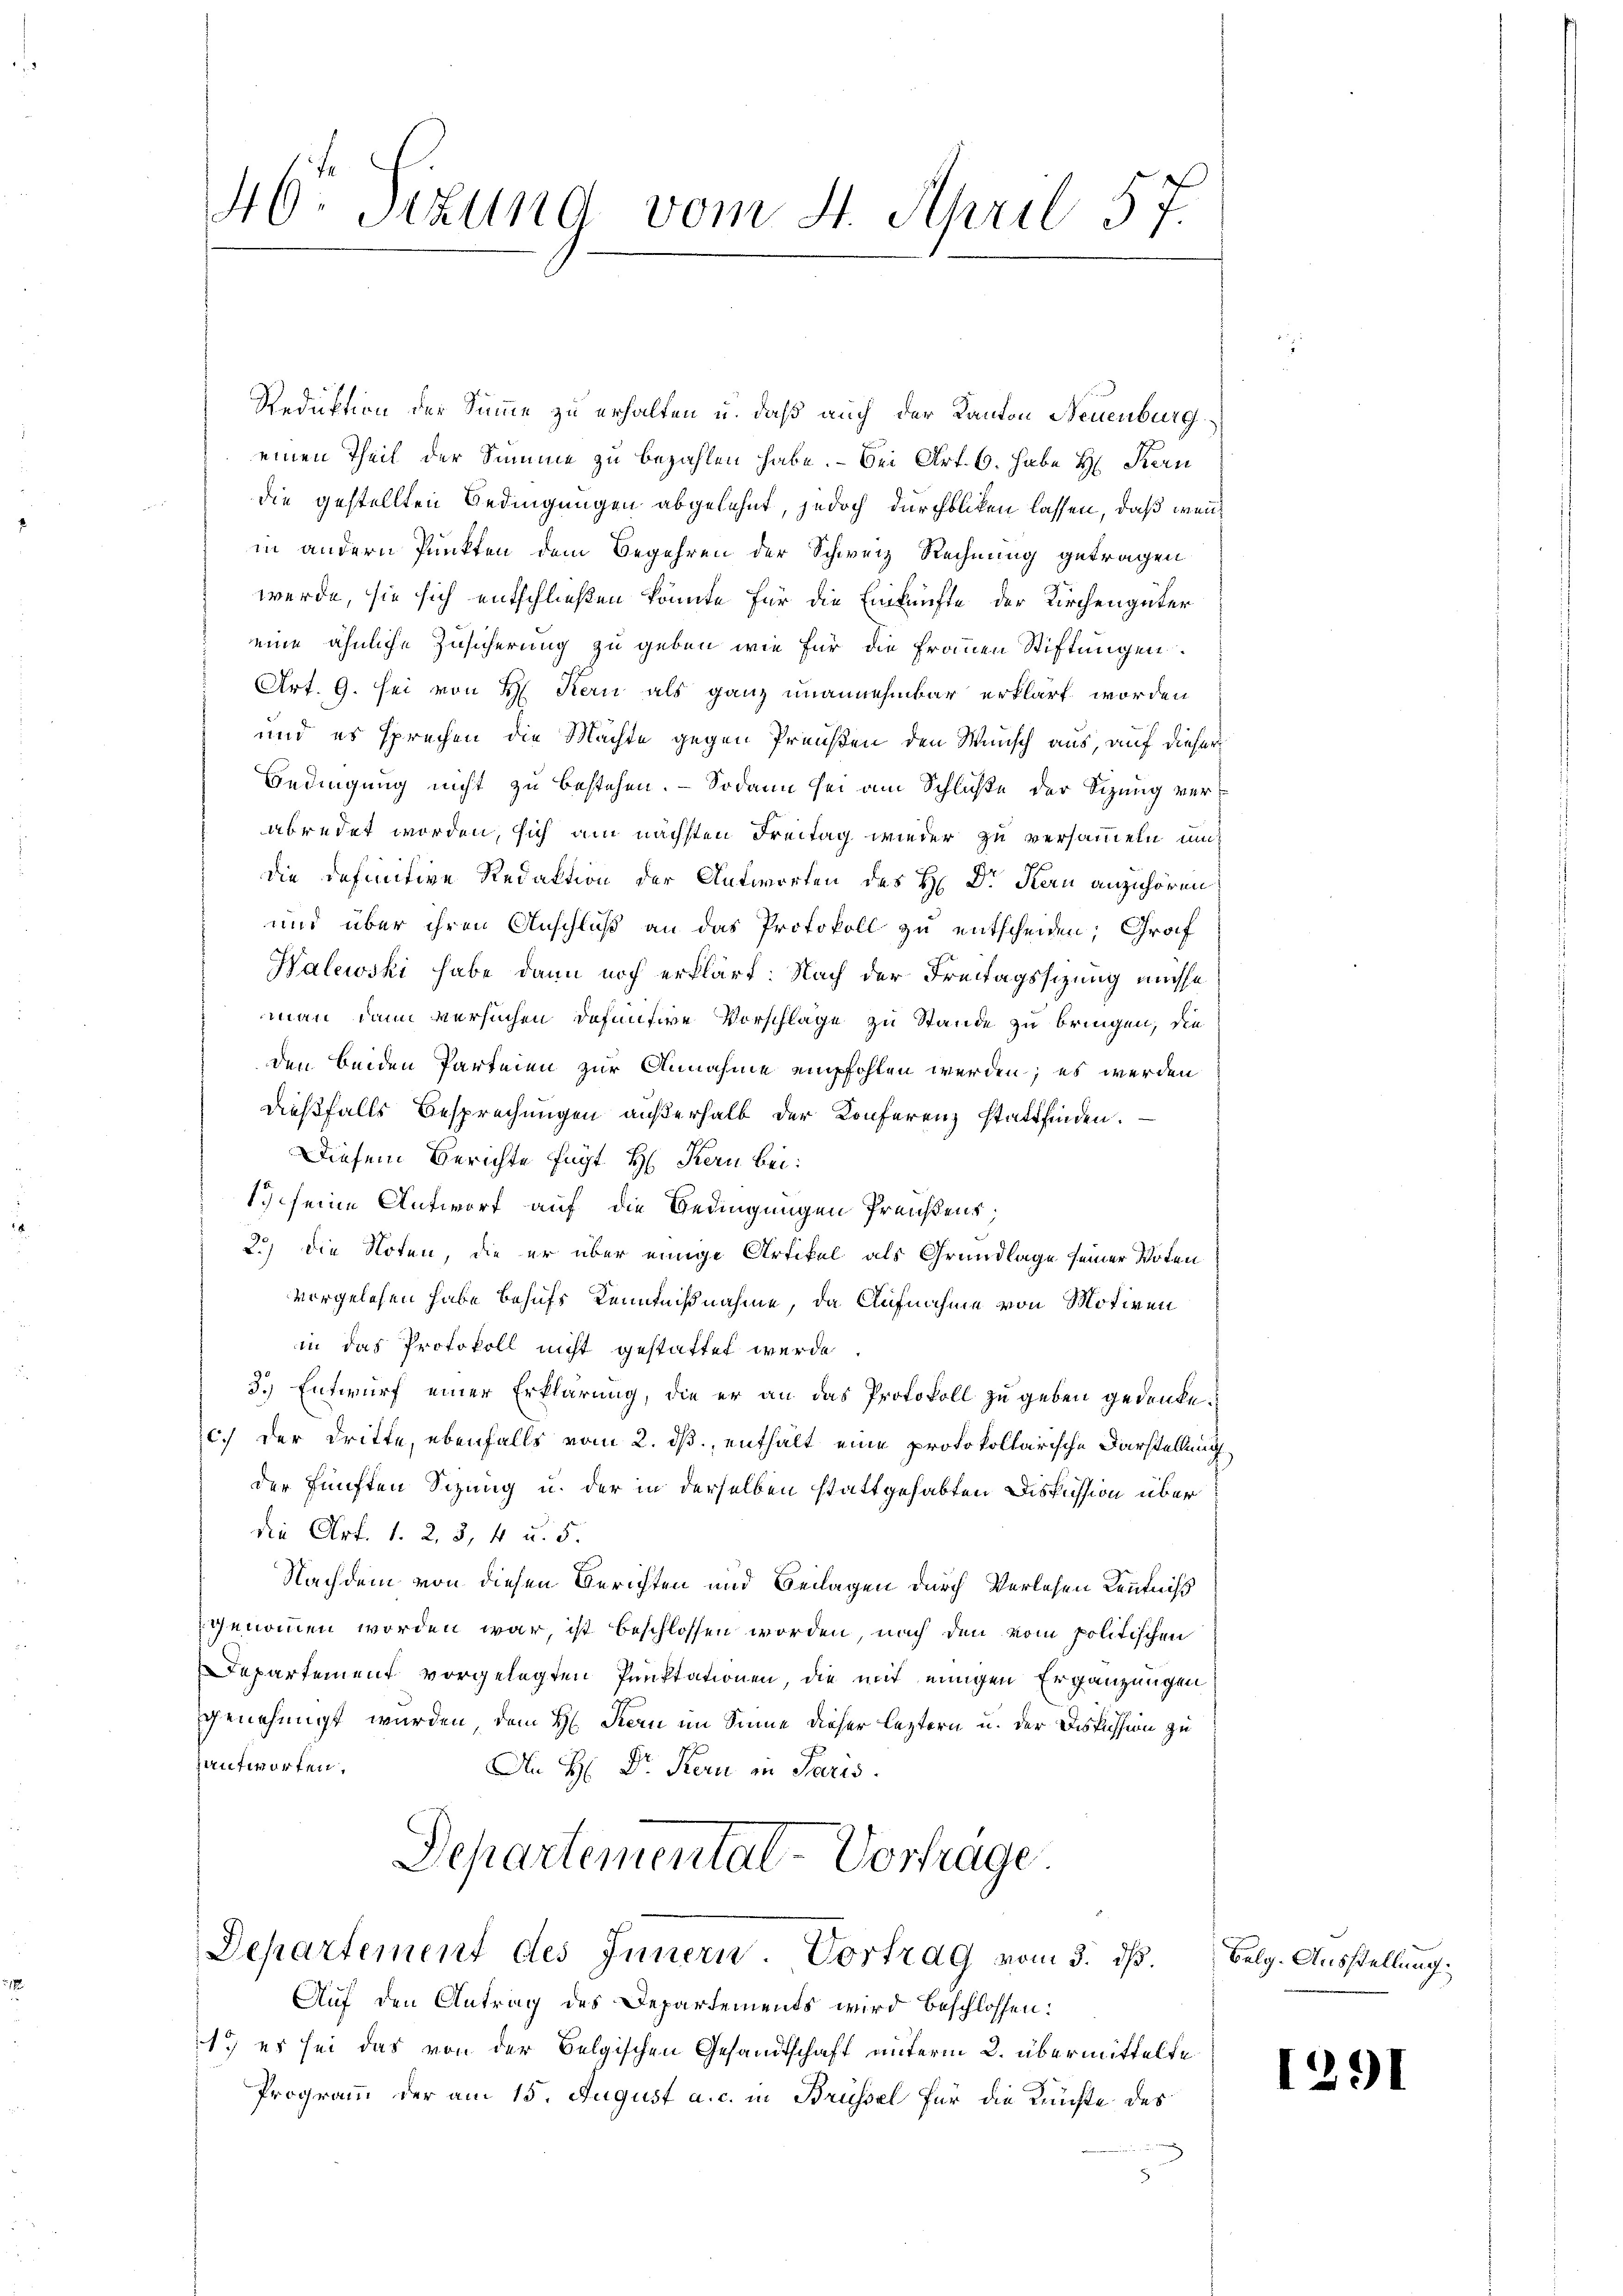
46: Sizung vom 4. April 57.

Reduktion der Summe zu erhalten u. daß auch der Kanton Neuenburg
einen Theil der Summe zu bezahlen habe. - Bei Art. 6. habe H. Kern
die gestellten Bedingungen abgelehnt, jedoch durchblicken lassen, daß wen
in andern Punkten dem Begehren der Schweiz Rechnung getragen
werde, sie sich entschließen könnte für die Einkünfte der Kirchengüter
eine ähnliche Zusicherung zu geben wie für die Frauen Stiftungen
Art. 9. sei von H. Kern als ganz unannehmbar erklärt worden
und es sprechen die Machte gegen Preußen den Wunsch aus, auf dieser
Bedingung nicht zu bestehen. — Sodann sei am Schluße der Sizung verabredet worden, sich am nächsten Freitag wieder zu versammeln un
die Definitive Redaktion der Antworten des H. Dr Kern anzuhören
und über ihren Anschluß an das Protokoll zu entscheiden; Graf
Walewski habe dann noch erklärt: Nach der Freitagssizung müsse
man dann versuchen definitive Vorschläge zu Stande zu bringen, die
den beiden Parteien zur Annahme empfohlen werden; es werden
dießfalls Besprechungen außerhalb der Konferenz stattfinden.
Diesem Berichte fügt H. Kern bei:
1 seine Antwort auf die Bedingungen Preisens,
2.) Die Noten, die er über einige Artikel als Grundlage seiner Voten
vorgelesen habe behufs Kenntnißnahme, da Aufnahme von Motiven
in das Protokoll nicht gestattet werde
3.) Entwurf einer Erklärung, die er an das Protokoll zu geben gedenke.
c.) der dritte, ebenfalls vom 2. ds., enthält eine protokollarische Darstellung
der fünften Sitzung u. der in derselben stattgehabten Diskussion über
die Art. 1. 2. 3, 4 u. 5.
Nachdem von diesen Berichten und Belagen durch Verlesen Kenntniß
genommen worden war, ist beschlossen worden, nach den vom politischen
Departement vorgelegten Punktationen, die mit einigen Ergänzungen
genehmigt wurden, dem H. Stern im Sinne dieser leztern u. der Diskussion zu
antworten.
Ie H: Dr. Kern in Paris.
Departementat-Vorträge
Departement des Innern. Vortrag vom 3. ds. belg. Ausstellung:
Auf den Antrag des Departements wird beschlossen:
1.) es sei das von der Belgischen Gesandtschaft unterm 2. übermittelte
Programm der am 15. August a. c. in Brüssel für die Künfte des

1291